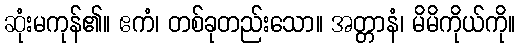
ဆုံးမကုန်၏။ ဧကံ၊ တစ်ခုတည်းသော။ အတ္တာနံ၊ မိမိကိုယ်ကို။